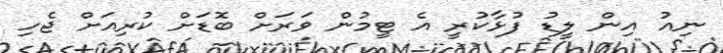
ނިއު އިން ލީޑު ފުޅާކުރީ އެ ޓީމުން ވަރަށް ބޮޑަށް ކުރިއަށް ޖެހި